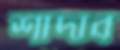
শাদাব